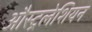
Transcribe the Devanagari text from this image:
औस्ट्रलेशियन